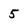
Character: 5